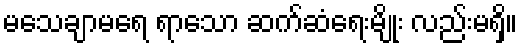
မသေချာမရေ ရာသော ဆက်ဆံရေးမျိုး လည်းမရှိ။